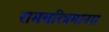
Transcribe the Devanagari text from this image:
रामचरित्रमानस